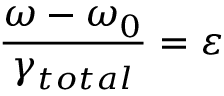
\frac { \omega - \omega _ { 0 } } { \gamma _ { t o t a l } } = \varepsilon